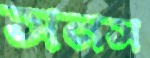
সনস